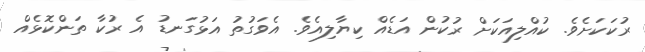
ރުކަކަށެވެ. ކުއްލިއަކަށް ރުކުން އަޑެއް ކިޔާލިއެވެ. އެވަގުތު އަޅުގަނޑު އެ ރުކާ ތަންކޮޅެއް